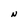
Character: N